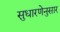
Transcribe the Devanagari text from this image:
सुधारणेनुसार